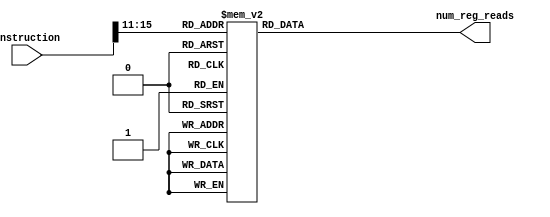
module num_regReads(input [15:0] instruction, output [1:0] num_reg_reads);

wire [4:0] opcode;
assign opcode = instruction[15:11];
reg [1:0] num_reg_reads_i;
assign num_reg_reads = num_reg_reads_i;

always@(*) begin
   case(opcode)
		5'b00000: begin			/************************************ HALT */
					num_reg_reads_i = 2'h0;
				 end
		5'b00001: begin			/************************************ NOP */
					num_reg_reads_i = 2'h0;
				 end
		5'b00100: begin			/************************************ J */
					num_reg_reads_i = 2'h0;
				 end
		5'b00110: begin			/************************************ JAL */
					num_reg_reads_i = 2'h0;
				 end
		5'b01000: begin			/************************************ ADDI */
					num_reg_reads_i = 2'h1;
				 end
		5'b01001: begin			/************************************ SUBI */
					num_reg_reads_i = 2'h1;
				 end
		5'b01010: begin			/************************************ XORI */
					num_reg_reads_i = 2'h1;
				 end
		5'b01011: begin			/************************************ ANDNI */
					num_reg_reads_i = 2'h1;
				 end
		5'b10100: begin			/************************************ ROLI */
					num_reg_reads_i = 2'h1;
				 end
		5'b10101: begin			/************************************ SLLI */
					num_reg_reads_i = 2'h1;
				 end
		5'b10110: begin			/************************************ RORI */
					num_reg_reads_i = 2'h1;
				 end
		5'b10111: begin			/************************************ SRLI */
					num_reg_reads_i = 2'h1;
				 end
		5'b10000: begin			/************************************ ST */
					num_reg_reads_i = 2'h2;
				 end
		5'b10001: begin			/************************************ LD */
					num_reg_reads_i = 2'h1;
				 end
		5'b10011: begin			/************************************ STU */
					num_reg_reads_i = 2'h2;
				 end
		5'b11000: begin			/************************************ LBI */
					num_reg_reads_i = 2'h0;
				 end
		5'b10010: begin			/************************************ SLBI */
					num_reg_reads_i = 2'h1;
				 end
		5'b00101: begin			/************************************ JR */
					num_reg_reads_i = 2'h1;
				 end
		5'b00111: begin			/************************************ JALR */
					num_reg_reads_i = 2'h1;
				 end
		5'b01100: begin			/************************************ BEQZ */
					num_reg_reads_i = 2'h1;
				 end
		5'b01101: begin			/************************************ BNEZ */
					num_reg_reads_i = 2'h1;
				 end
		5'b01110: begin			/************************************ BLTZ */
					num_reg_reads_i = 2'h1;
				 end
		5'b01111: begin			/************************************ BGEZ */
					num_reg_reads_i = 2'h1;
				 end
		5'b11001: begin			/************************************ BTR */
					num_reg_reads_i = 2'h1;
				 end
		5'b11011: begin			/************************************ ADD, SUB, XOR, ANDN */
					num_reg_reads_i = 2'h2;
				 end
		5'b11010: begin			/************************************ ROL, SLL, ROR, SRL */
					num_reg_reads_i = 2'h2;
				 end
		5'b11100: begin			/************************************ SEQ */
					num_reg_reads_i = 2'h2;
				 end
		5'b11101: begin			/************************************ SLT */
					num_reg_reads_i = 2'h2;
				 end
		5'b11110: begin			/************************************ SLE */
					num_reg_reads_i = 2'h2;
				 end
		5'b11111: begin			/************************************ SCO */
					num_reg_reads_i = 2'h2;
				 end
   		default: begin
					num_reg_reads_i = 2'h0;
				end
	endcase
end

endmodule